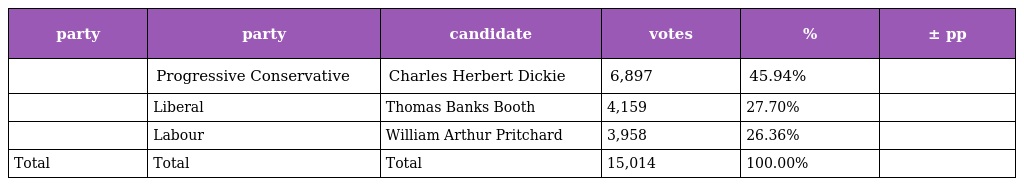
| party | party | candidate | votes | % | ± pp |
 | --- | --- | --- | --- | --- | --- |
 |  | Progressive Conservative | Charles Herbert Dickie | 6,897 | 45.94% |  |
 |  | Liberal | Thomas Banks Booth | 4,159 | 27.70% |  |
 |  | Labour | William Arthur Pritchard | 3,958 | 26.36% |  |
 | Total | Total | Total | 15,014 | 100.00% |  |